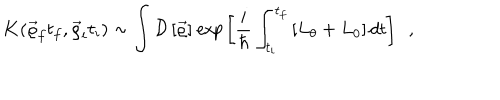
LaTeX: { \bf K } ( \vec { \varrho } _ { f } t _ { f } , \vec { \varrho } _ { i } t _ { i } ) \sim \int { \cal D } \left[ \vec { \varrho } \right] { \it e x p } \left[ \frac { i } { \hbar } \int _ { t _ { i } } ^ { t _ { f } } \left[ L _ { \theta } + L _ { 0 } \right] d t \right] ~ ~ ,